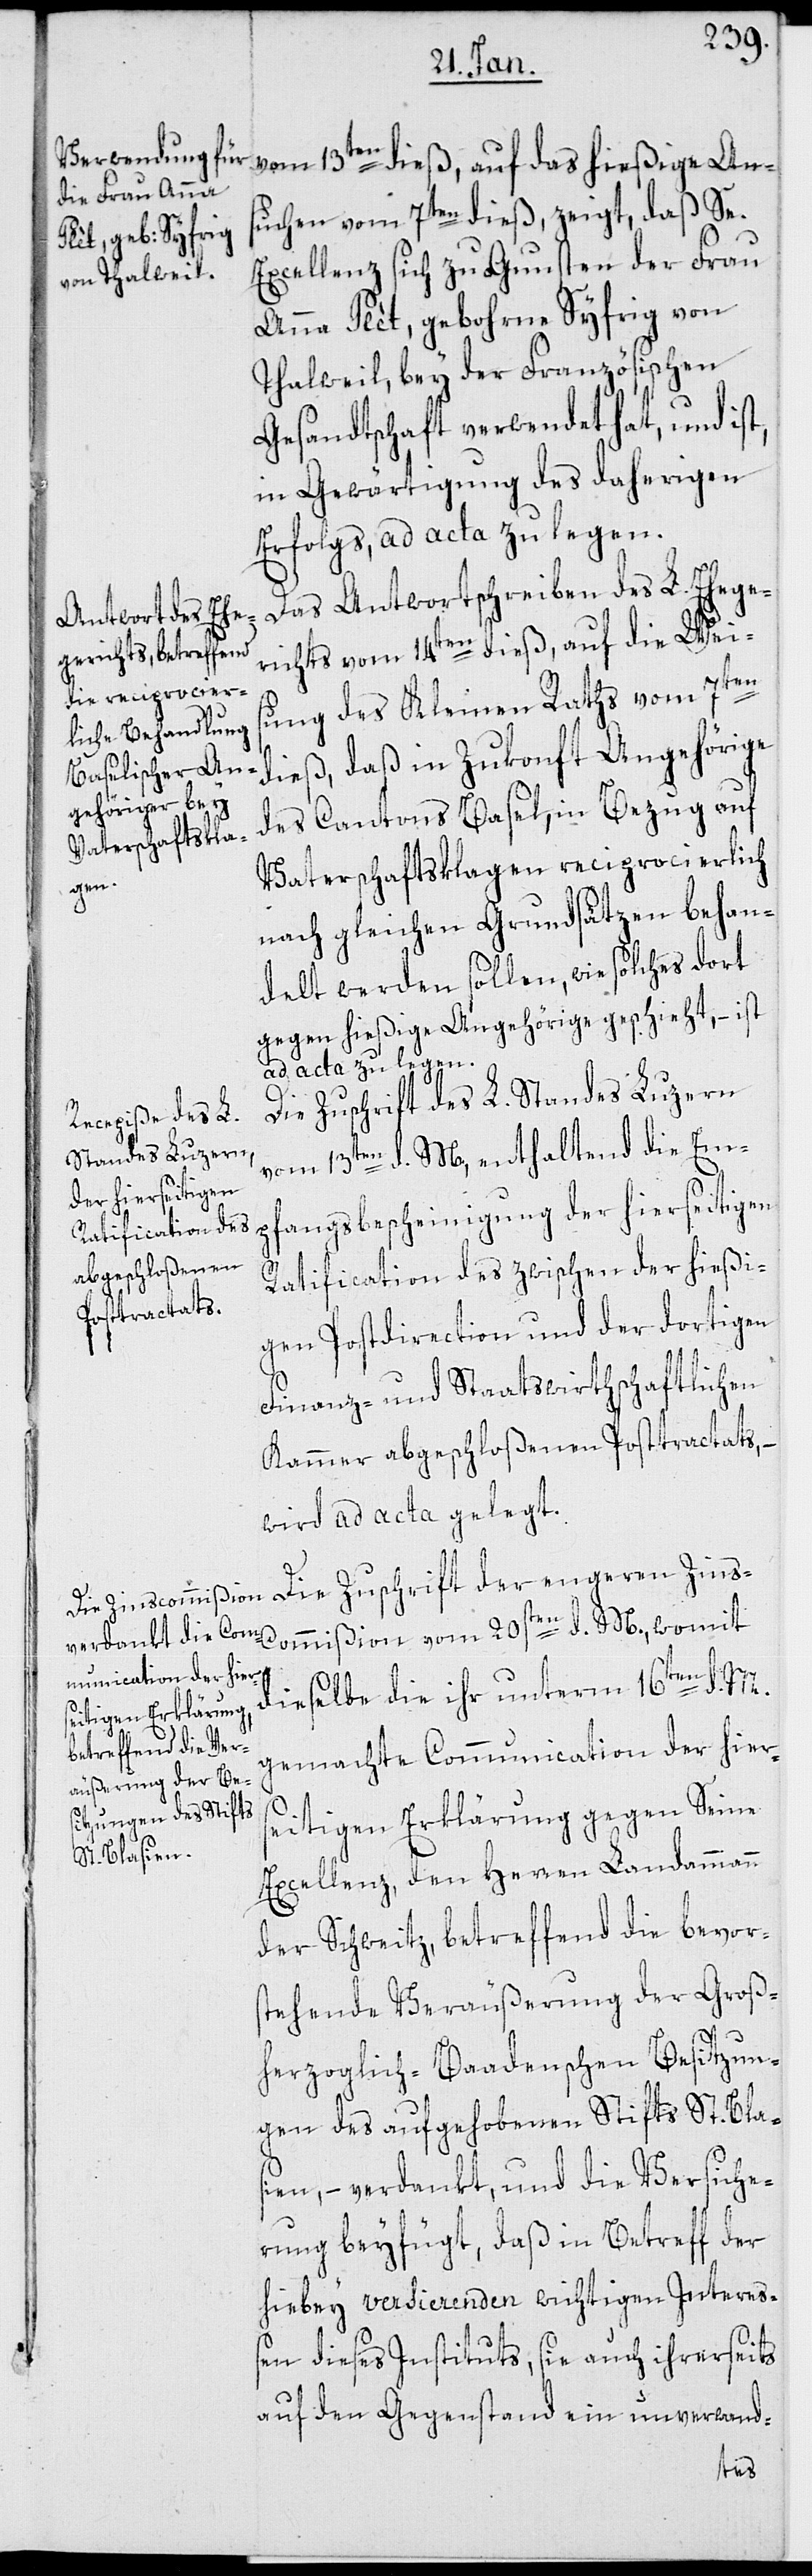
vom 13ten dieß, auf das hießige An¬
suchen vom 7ten dieß, zeigt, daß Se.
Excellenz sich zu Gunsten der Frau
Anna Plèt, gebohrne Syfrig von
Thalweil, bey der Französischen
Gesandtschaft verwendet hat, und ist,
in Gewärtigung des daherigen
Erfolgs, ad acta zu legen.
Das Antwortschreiben des L. Ehege¬
richts vom 14ten dieß, auf die Weis¬
ung des Kleinen Raths vom 7ten
dieß, daß in Zukunft Angehörige
des Cantons Basel, in Bezug auf
Vaterschaftsklagen reciprocierlich
nach gleichen Grundsätzen behan¬
delt werden sollen, wie solches dort
gegen hießige Angehörige geschieht, – ist
ad acta zu legen.
Die Zuschrift des L. Standes Luzern
vom 13ten d. M., enthaltend die Em¬
pfangsbescheinigung der hierseitigen
Ratification des zwischen der hießi¬
gen Postdirection und der dortigen
Finanz- und Staatswirthschaftlichen
Kammer abgeschloßenen Posttractats, –
wird ad acta gelegt.
Die Zuschrift der engeren Zins-C¬
ommißion vom 20sten d. M., womit
dießelbe die ihr unterm 16ten d. M.
gemachte Communication der hier¬
seitigen Erklärung gegen Seine
Excellenz, den Herren Landammann
der Schweitz, betreffend die bevors¬
tehende Veräußerung der Groß¬
herzoglich-Baadenschen Besitzun¬
gen des aufgehobenen Stifts St. Bla¬
sien, – verdankt, und die Versiche¬
rung beyfügt, daß in Betreff der
hiebey versierenden wichtigen Intereß¬
en dieses Instituts, sie auch ihrerseits
auf den Gegenstand ein unverwand-